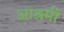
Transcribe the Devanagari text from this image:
आश्रमीं